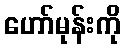
ဟော်မုန်းကို